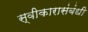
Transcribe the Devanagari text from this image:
स्वीकारासंबंधी